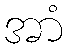
အာံ